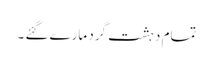
تمام دہشت گرد مارے گئے ۔